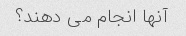
آنها انجام می دهند؟